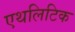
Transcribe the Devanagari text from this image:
एथलिटिक